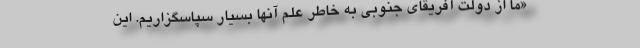
«ما از دولت آفریقای جنوبی به خاطر علم آنها بسیار سپاسگزاریم. این